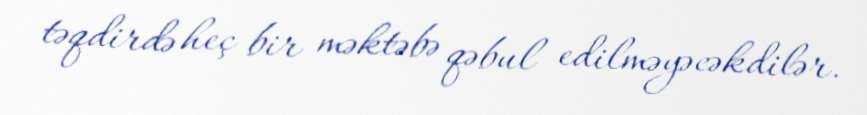
təqdirdə heç bir məktəbə qəbul edilməyəcəkdilər.